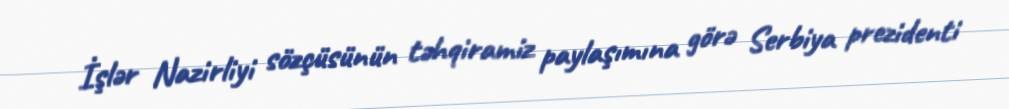
İşlər Nazirliyi sözçüsünün təhqiramiz paylaşımına görə Serbiya prezidenti